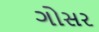
ગોસર